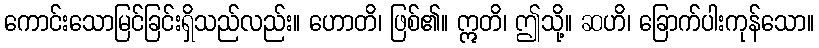
ကောင်းသောမြင်ခြင်းရှိသည်လည်း။ ဟောတိ၊ ဖြစ်၏။ ဣတိ၊ ဤသို့။ ဆဟိ၊ ခြောက်ပါးကုန်သော။